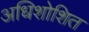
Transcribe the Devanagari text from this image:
अधिशोशित